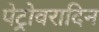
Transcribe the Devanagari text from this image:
पेट्रोवरादिन